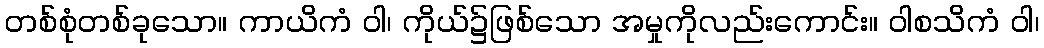
တစ်စုံတစ်ခုသော။ ကာယိကံ ဝါ၊ ကိုယ်၌ဖြစ်သော အမှုကိုလည်းကောင်း။ ဝါစသိကံ ဝါ၊